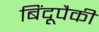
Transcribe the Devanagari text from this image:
बिंदूपैकी